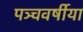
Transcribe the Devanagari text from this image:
पञ्चवर्षीया